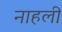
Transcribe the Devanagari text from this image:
नाहली